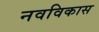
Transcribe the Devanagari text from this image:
नवविकास